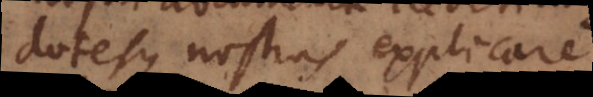
dotesque nostras explicare